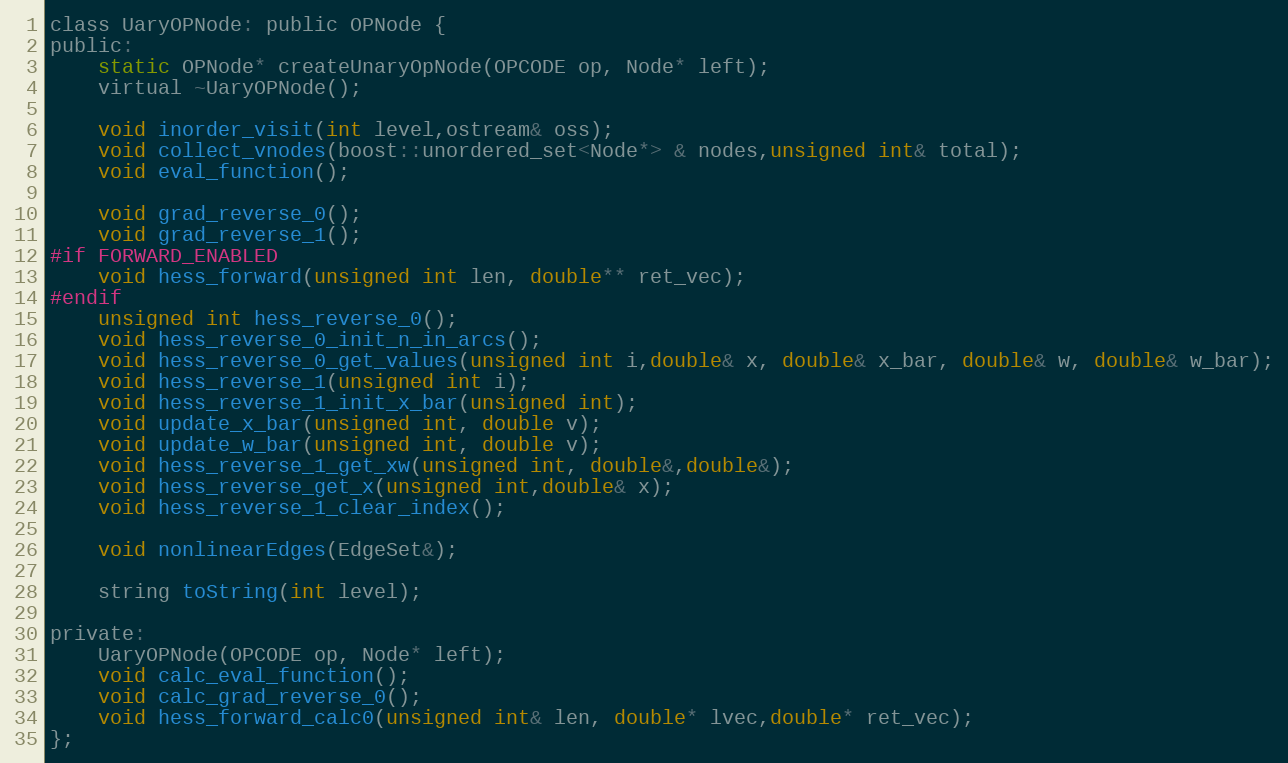
Language: C
class UaryOPNode: public OPNode {
public:
	static OPNode* createUnaryOpNode(OPCODE op, Node* left);
	virtual ~UaryOPNode();

	void inorder_visit(int level,ostream& oss);
	void collect_vnodes(boost::unordered_set<Node*> & nodes,unsigned int& total);
	void eval_function();

	void grad_reverse_0();
	void grad_reverse_1();
#if FORWARD_ENABLED
	void hess_forward(unsigned int len, double** ret_vec);
#endif
	unsigned int hess_reverse_0();
	void hess_reverse_0_init_n_in_arcs();
	void hess_reverse_0_get_values(unsigned int i,double& x, double& x_bar, double& w, double& w_bar);
	void hess_reverse_1(unsigned int i);
	void hess_reverse_1_init_x_bar(unsigned int);
	void update_x_bar(unsigned int, double v);
	void update_w_bar(unsigned int, double v);
	void hess_reverse_1_get_xw(unsigned int, double&,double&);
	void hess_reverse_get_x(unsigned int,double& x);
	void hess_reverse_1_clear_index();

	void nonlinearEdges(EdgeSet&);

	string toString(int level);

private:
	UaryOPNode(OPCODE op, Node* left);
	void calc_eval_function();
	void calc_grad_reverse_0();
	void hess_forward_calc0(unsigned int& len, double* lvec,double* ret_vec);
};